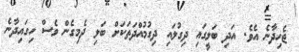
ޖެހިދާނެ އެވެ. އަދި ބަލީގައި ދިގުލައި ދިގުމުއްދަތަކަށް ބަލި ދެމިގެން ވެސް ހިގައިދާނެ